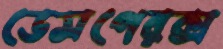
ডেসপেরক্স